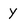
Character: y